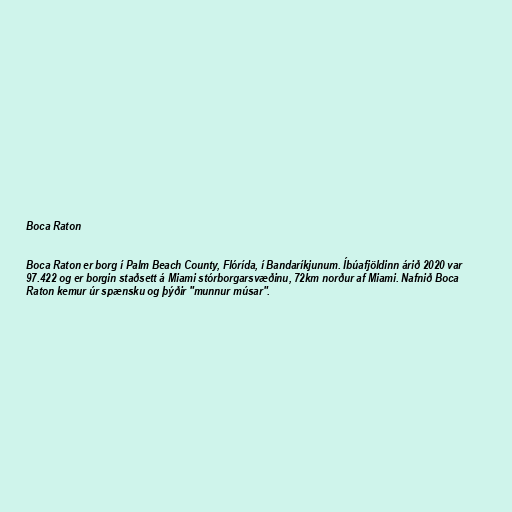
Boca Raton

Boca Raton er borg í Palm Beach County, Flórída, í Bandaríkjunum. Íbúafjöldinn árið 2020 var
97.422 og er borgin staðsett á Miami stórborgarsvæðinu, 72km norður af Miami. Nafnið Boca
Raton kemur úr spænsku og þýðir "munnur músar".